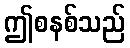
ဤစနစ်သည်